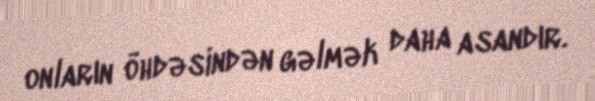
onların öhdəsindən gəlmək daha asandır.